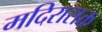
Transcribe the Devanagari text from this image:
मदिरासक्त